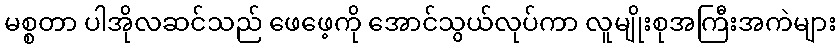
မစ္စတာ ပါအိုလဆင်သည် ဖေဖေ့ကို အောင်သွယ်လုပ်ကာ လူမျိုးစုအကြီးအကဲများ